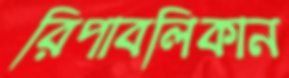
রিপাবলিকান